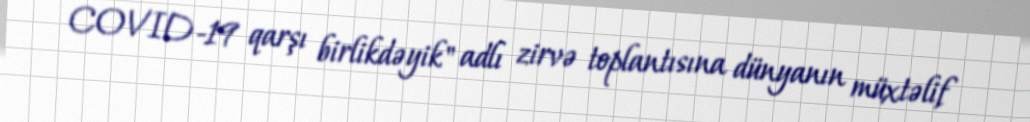
COVID-19 qarşı birlikdəyik" adlı zirvə toplantısına dünyanın müxtəlif